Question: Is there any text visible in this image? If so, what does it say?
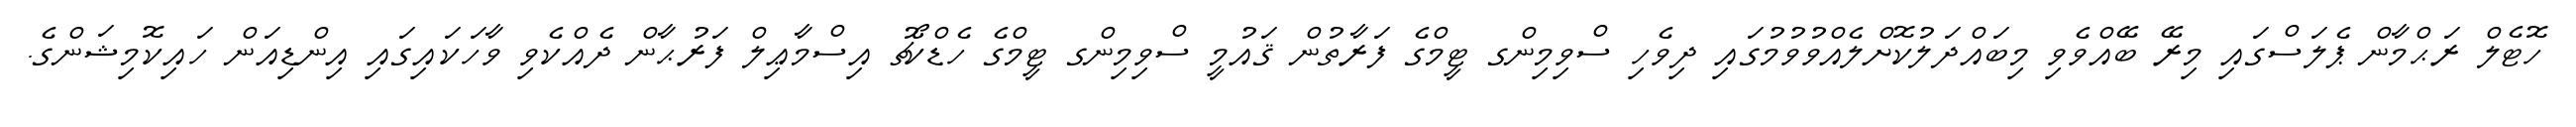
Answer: ހޮޓެލް ރަޙްމާން ޕެލަސްގައި މިރޭ ބޭއްވެވި މިބައްދަލުކޮށްލެއްވުވުމުގައި ދިވެހި ސްވިމިންގ ޓީމްގެ ފަރާތުން ޤައުމީ ސްވިމިންގ ޓީމްގެ ހެޑްކޯޗު އިސްމާޢިލް ފަރުޙާން ދެއްކެވި ވާހަކައިގައި އިންޑިއަން ހައިކޮމިޝަންގެ.